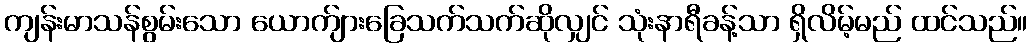
ကျန်းမာသန်စွမ်းသော ယောက်ျားခြေသက်သက်ဆိုလျှင် သုံးနာရီခန့်သာ ရှိလိမ့်မည် ထင်သည်။